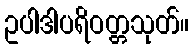
ဥပါဒါပရိဝတ္တသုတ်။